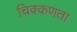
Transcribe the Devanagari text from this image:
चिक्कणता